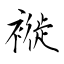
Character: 褷